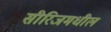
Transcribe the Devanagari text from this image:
सीरिजमधील